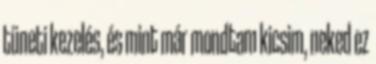
tüneti kezelés, és mint már mondtam kicsim, neked ez